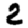
Digit: 2